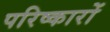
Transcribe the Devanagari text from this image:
परिष्कारों